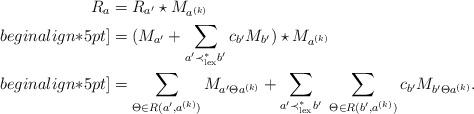
LaTeX: \begin{align*}R_a&=R_{a'}\star M_{a^{(k)}}\\begin{align*}5pt]&=(M_{a'}+\sum_{a'\prec_{{\rm lex}}^{*} b'}c_{b'}M_{b'})\star M_{a^{(k)}}\\begin{align*}5pt]&=\sum_{\Theta\in R(a',a^{(k)})}M_{a'\Theta a^{(k)}}+\sum_{a'\prec_{{\rm lex}}^{*}b'}\ \sum_{\Theta\in R(b', a^{(k)})}c_{b'}M_{b'\Theta a^{(k)}}.\end{align*}